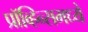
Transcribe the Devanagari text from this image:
प्रॉव्हिन्समध्ये